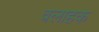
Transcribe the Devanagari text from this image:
वलाहक